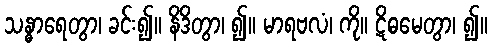
သန္ဓာရေတွာ၊ ခင်း၍။ နိဒိတွာ၊ ၍။ မာရဗလံ၊ ကို။ ဋိဓမေတွာ၊ ၍။